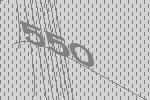
550